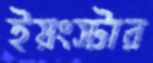
ইয়ংস্টার